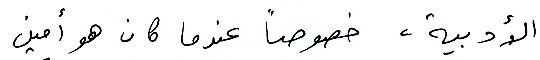
الأدبية، خصوصًا عندا كان هو أمين